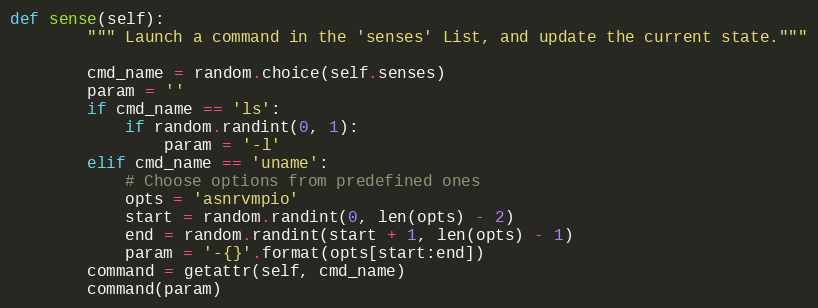
Language: Python
def sense(self):
        """ Launch a command in the 'senses' List, and update the current state."""

        cmd_name = random.choice(self.senses)
        param = ''
        if cmd_name == 'ls':
            if random.randint(0, 1):
                param = '-l'
        elif cmd_name == 'uname':
            # Choose options from predefined ones
            opts = 'asnrvmpio'
            start = random.randint(0, len(opts) - 2)
            end = random.randint(start + 1, len(opts) - 1)
            param = '-{}'.format(opts[start:end])
        command = getattr(self, cmd_name)
        command(param)